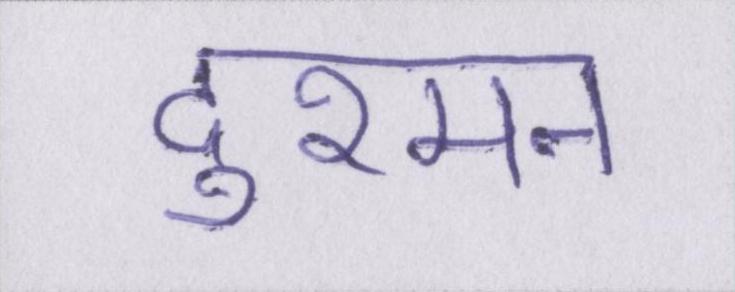
दुश्मन